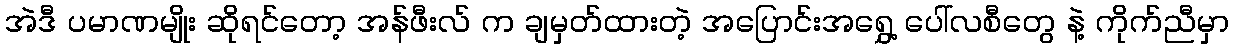
အဲဒီ ပမာဏမျိုး ဆိုရင်တော့ အန်ဖီးလ် က ချမှတ်ထားတဲ့ အပြောင်းအရွှေ့ ပေါ်လစီတွေ နဲ့ ကိုက်ညီမှာ